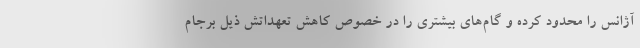
آژانس را محدود کرده و گام‌های بیشتری را در خصوص کاهش تعهداتش ذیل برجام